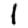
Digit: 1